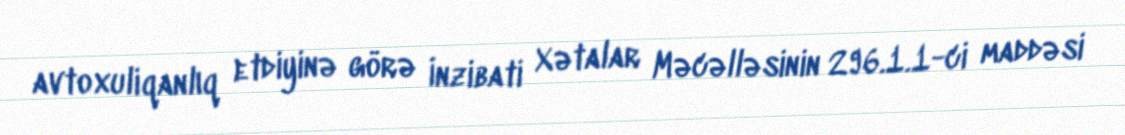
avtoxuliqanlıq etdiyinə görə İnzibati Xətalar Məcəlləsinin 296.1.1-ci maddəsi